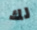
لك